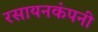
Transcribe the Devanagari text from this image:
रसायनकंपनी